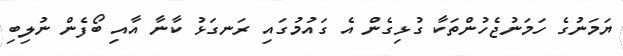
ޔަމަނުގެ ހަމަނުޖެހުންތަކާ ގުޅިގެން އެ ގައުމުގައި ރަނގަޅު ކާނާ އާއި ބޯފެން ނުލިބި